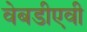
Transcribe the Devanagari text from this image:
वेबडीएवी